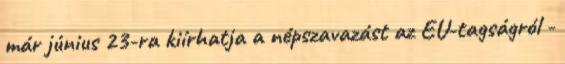
már június 23-ra kiírhatja a népszavazást az EU-tagságról -